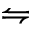
\leftrightharpoons